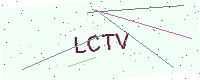
Text: LCTV